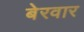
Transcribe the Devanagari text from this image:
बेरवार